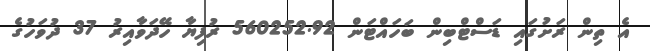
އެ ތިން ރަށުގައި ޑަސްޓްބިން ބަހައްޓަން 560252.92 ރުފިޔާ ހޭދަވާއިރު 37 ދުވަހުގެ